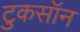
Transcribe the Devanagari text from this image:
टुकसॉन